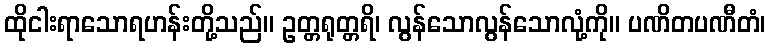
ထိုငါးရာသောရဟန်းတို့သည်။ ဥတ္တရုတ္တရိ၊ လွန်သောလွန်သောလုံ့ကို။ ပဏိတပဏီတံ၊